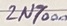
Text: 2N7000